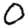
Digit: 0